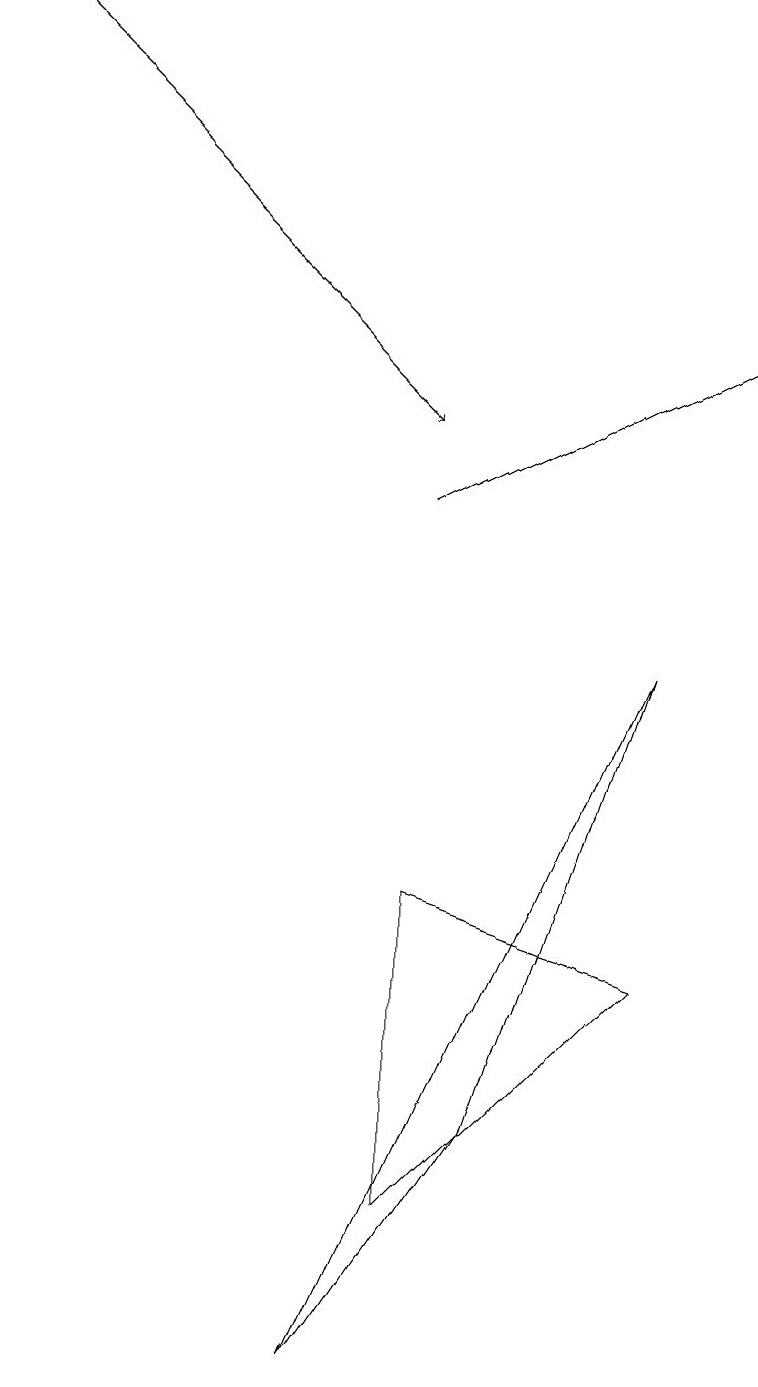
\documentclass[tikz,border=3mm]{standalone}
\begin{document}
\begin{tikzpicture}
\draw[->] (5,11) -- (9,13);
\draw (5,2) -- (8,5) -- (5,6) -- cycle;
\draw (4,0) -- (6,3) -- (8,9) -- cycle;
\draw[->] (0,17) -- (5,12);
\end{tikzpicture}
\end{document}